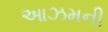
આઝમની